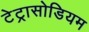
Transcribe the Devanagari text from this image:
टेट्रासोडियम